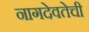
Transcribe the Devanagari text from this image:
नागदेवतेची